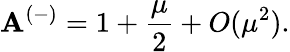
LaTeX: \mathbf{A}^{(-)}=1+\frac{{\mu}}{2}+O(\mu^{2}).